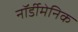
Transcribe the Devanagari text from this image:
नॉर्डीमेनिक